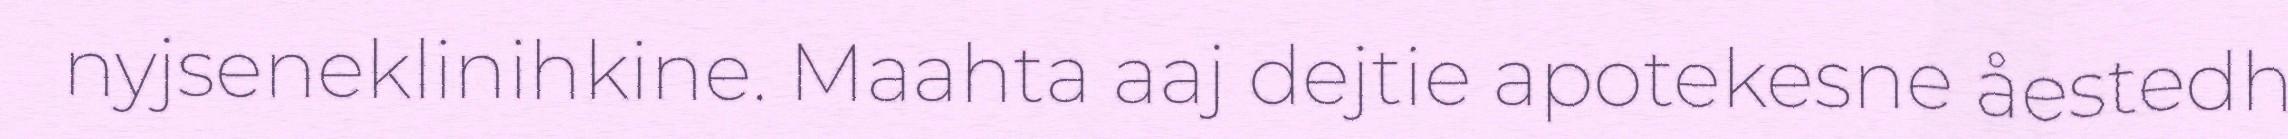
nyjseneklinihkine. Maahta aaj dejtie apotekesne åestedh